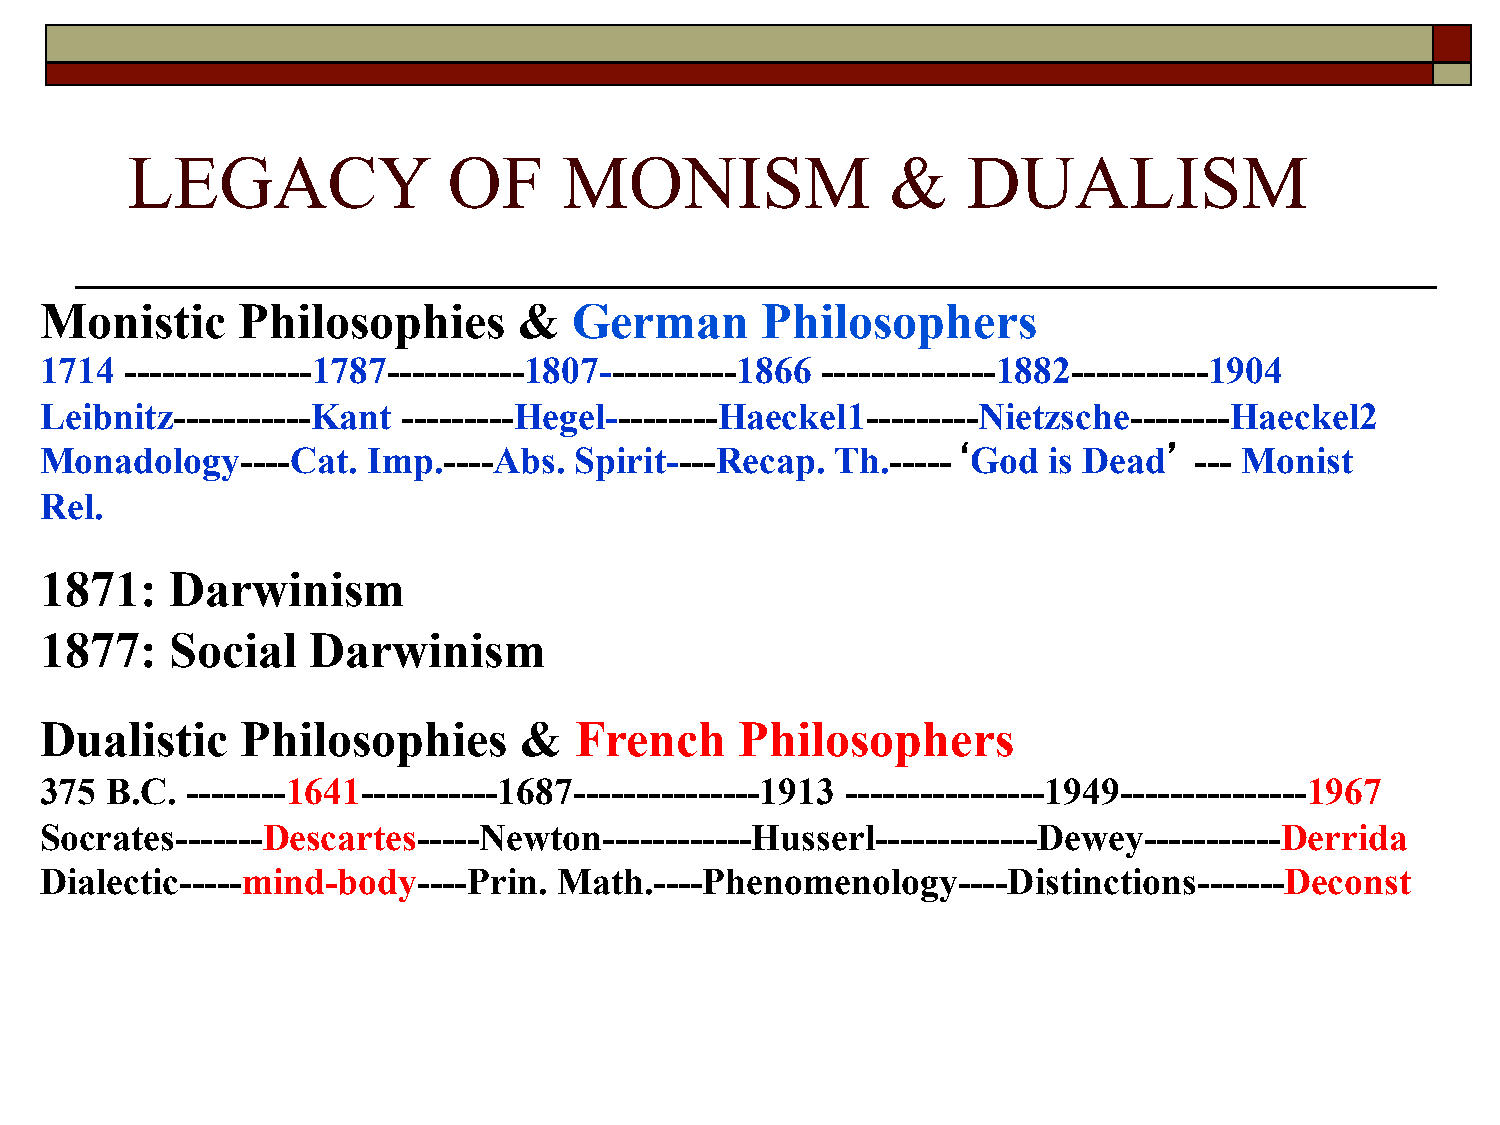
LEGACY                OF     MONISM                &    DUALISM
 Monistic     Philosophies      &   German      Philosophers
 1714 ---------------1787-----------1807-----------1866 --------------1882-----------1904
 Leibnitz-----------Kant ---------Hegel---------Haeckel1---------Nietzsche--------Haeckel2
 Monadology----Cat.   Imp.----Abs.  Spirit----Recap. Th.-----‘God  is Dead’  --- Monist
 Rel.
 1871:   Darwinism
 1877:   Social   Darwinism
 Dualistic    Philosophies      &   French     Philosophers
 375 B.C. --------1641-----------1687---------------1913 ----------------1949---------------1967
 Socrates-------Descartes-----Newton------------Husserl-------------Dewey-----------Derrida
 Dialectic-----mind-body----Prin.  Math.----Phenomenology----Distinctions-------Deconst